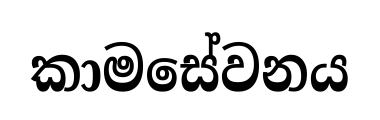
කාමසේවනය